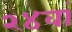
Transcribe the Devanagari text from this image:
२४वां